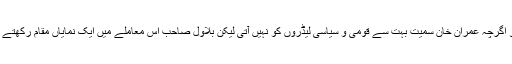
اردو اگرچہ عمران خان سمیت بہت سے قومی و سیاسی لیڈروں کو نہیں آتی لیکن بلاول صاحب اس معاملے میں ایک نمایاں مقام رکھتے ہیں۔